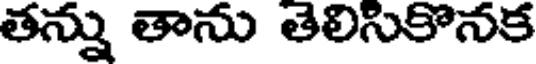
తన్ను తాను తెలిసికొనక